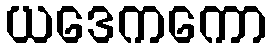
ယဒေကကော